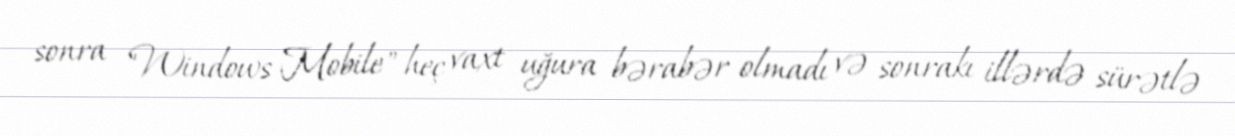
sonra "Windows Mobile" heç vaxt uğura bərabər olmadı və sonrakı illərdə sürətlə